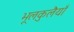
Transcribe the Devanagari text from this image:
भूलकुलैयाँ